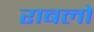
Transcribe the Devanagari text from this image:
राबलो